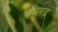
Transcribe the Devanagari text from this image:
कठगढ़